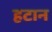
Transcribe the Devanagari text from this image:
हटान